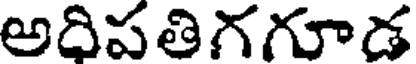
అదిపతిగగూడ